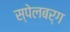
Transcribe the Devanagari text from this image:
स्पेलबर्ग